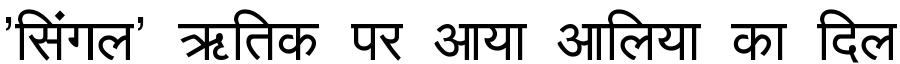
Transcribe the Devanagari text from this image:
'सिंगल' ऋतिक पर आया आलिया का दिल